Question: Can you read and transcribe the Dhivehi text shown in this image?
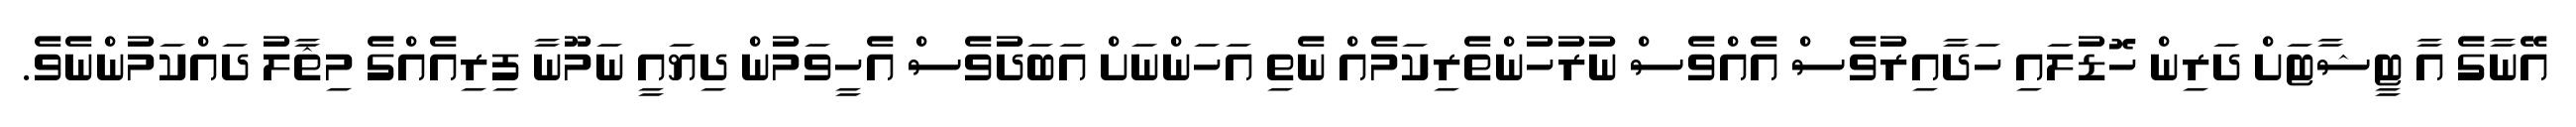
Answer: އޭނާގެ އާ ޓީޝާޓަށް ދަރިން ހޮޑުލައި ހަދާއިރުވެސް އެއްވެސް ނުރުހުންތެރިކަމެއް ނެތި އަހަންނަށް އަބަދުވެސް އެހީވަމުން ދިޔައީ ނަމޫނާ ފިރިއެއްގެ މިޘާލު ދައްކަމުންނެވެ.